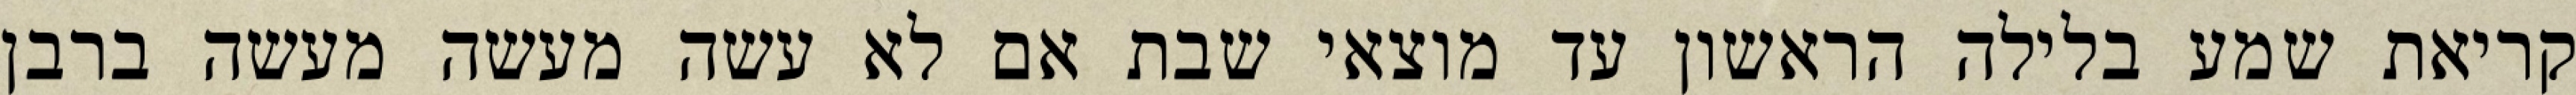
קריאת שמע בלילה הראשון עד מוצאי שבת אם לא עשה מעשה מעשה ברבן